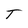
Character: T